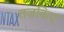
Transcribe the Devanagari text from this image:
तज़किए